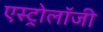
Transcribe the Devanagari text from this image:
एस्‍ट्रोलॉजी